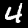
Label: 4